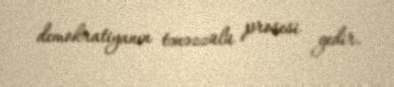
demokratiyanın tənəzzülü prosesi gedir.